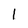
Character: l